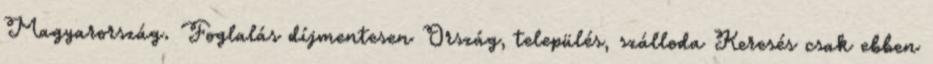
Magyarország. Foglalás díjmentesen Ország, település, szálloda Keresés csak ebben